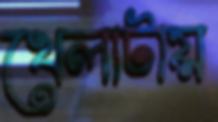
খেলাটায়